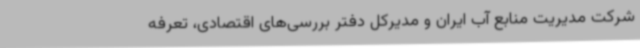
شرکت مدیریت منابع آب ایران و مدیرکل دفتر بررسی‌های اقتصادی، تعرفه